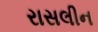
રાસલીન